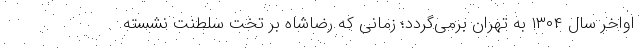
اواخر سال ۱۳۰۴ به تهران برمی‌گردد؛ زمانی که رضاشاه بر تخت سلطنت نشسته.